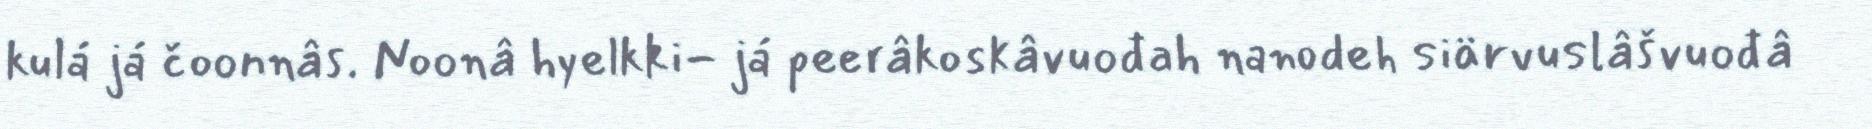
kulá já čoonnâs. Noonâ hyelkki- já peerâkoskâvuođah nanodeh siärvuslâšvuođâ